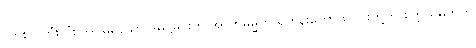
(တစ်လလုံးလုံး အိပ်မရသော ဒမိဋ္ဌမင်းကို အာဘိဓမ္မိက ရဟန်းတော် ၈-ပါးတို့က စိတ္တယမတကို